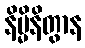
နိမ္မိနိတွာန